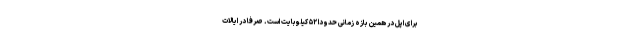
برای اپل در همین بازه‌ زمانی حدودا ۵۲ کیلوبایت است. صرفا در ایالات